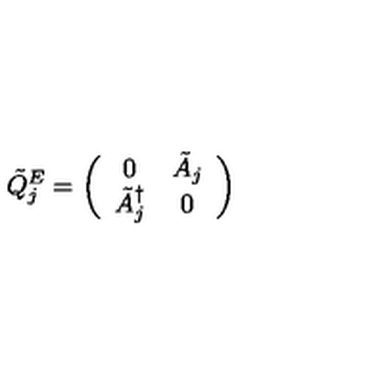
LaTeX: \tilde { Q } _ { j } ^ { E } = \left( \begin{array} { c c } { 0 } & { \tilde { A } _ { j } } \\ { \tilde { A } _ { j } ^ { \dagger } } & { 0 } \\ \end{array} \right)